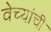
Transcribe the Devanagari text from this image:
वेच्यांची